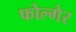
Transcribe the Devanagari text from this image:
फोल्गेर